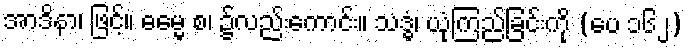
အာဒိနာ၊ ဖြင့်။ ဓမ္မေ စ၊ ၌လည်းကောင်း။ သဒ္ဓံ၊ ယုံကြည်ခြင်းကို (ပေ ၁၆၂)